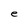
Character: e